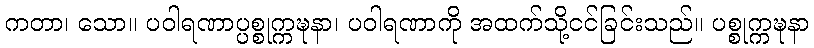
ကတာ၊ သော။ ပဝါရဏာပ္ပစ္စုက္ကဍ္ဎနာ၊ ပဝါရဏာကို အထက်သို့ငင်ခြင်းသည်။ ပစ္စုက္ကဍ္ဎနာ